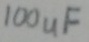
Text: 100uF